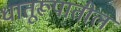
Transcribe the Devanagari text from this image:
धातूरूपातील